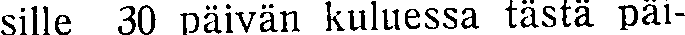
sille 30 päivän kuluessa tästä päi-